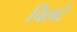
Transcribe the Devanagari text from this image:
चिलटे